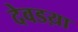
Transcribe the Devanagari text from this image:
देवडय़ा